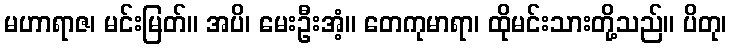
မဟာရာဇ၊ မင်းမြတ်။ အပိ၊ မေးဦးအံ့။ တေကုမာရာ၊ ထိုမင်းသားတို့သည်။ ပိတု၊